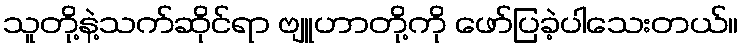
သူတို့နဲ့သက်ဆိုင်ရာ ဗျူဟာတို့ကို ဖော်ပြခဲ့ပါသေးတယ်။